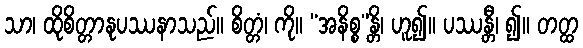
သာ၊ ထိုစိတ္တာနုပဿနာသည်။ စိတ္တံ၊ ကို။ “အနိစ္စ”န္တိ၊ ဟူ၍။ ပဿန္တီ၊ ၍။ တတ္ထ